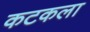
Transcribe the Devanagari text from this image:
कटकला